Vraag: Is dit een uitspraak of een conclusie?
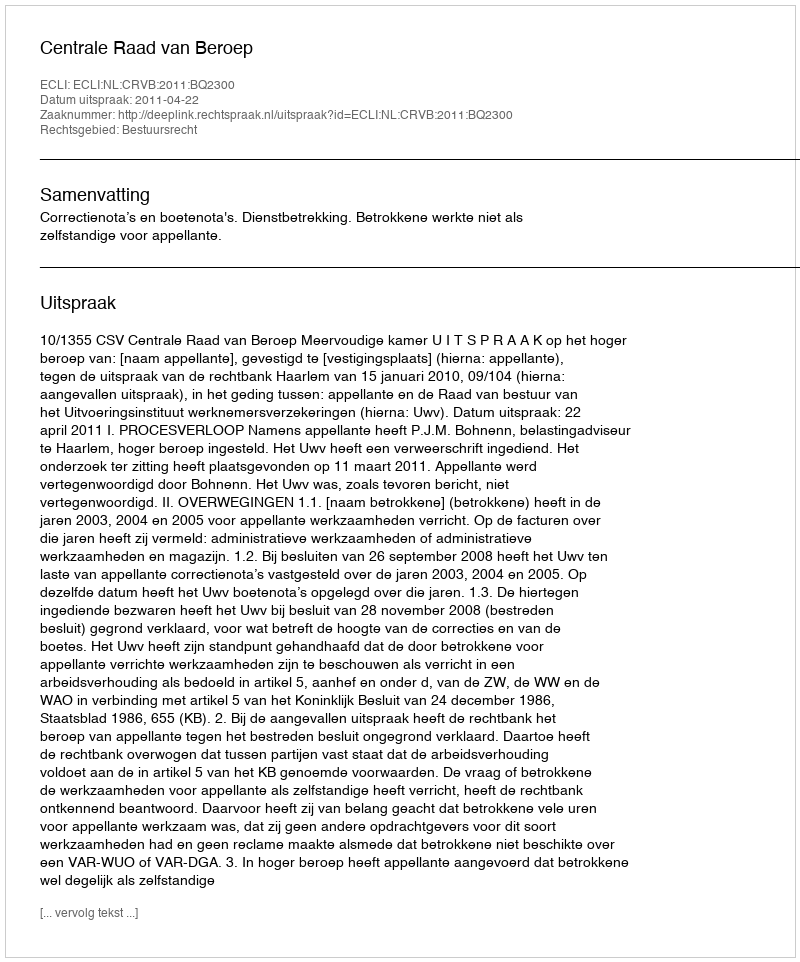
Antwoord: Uitspraak